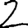
Digit: 2